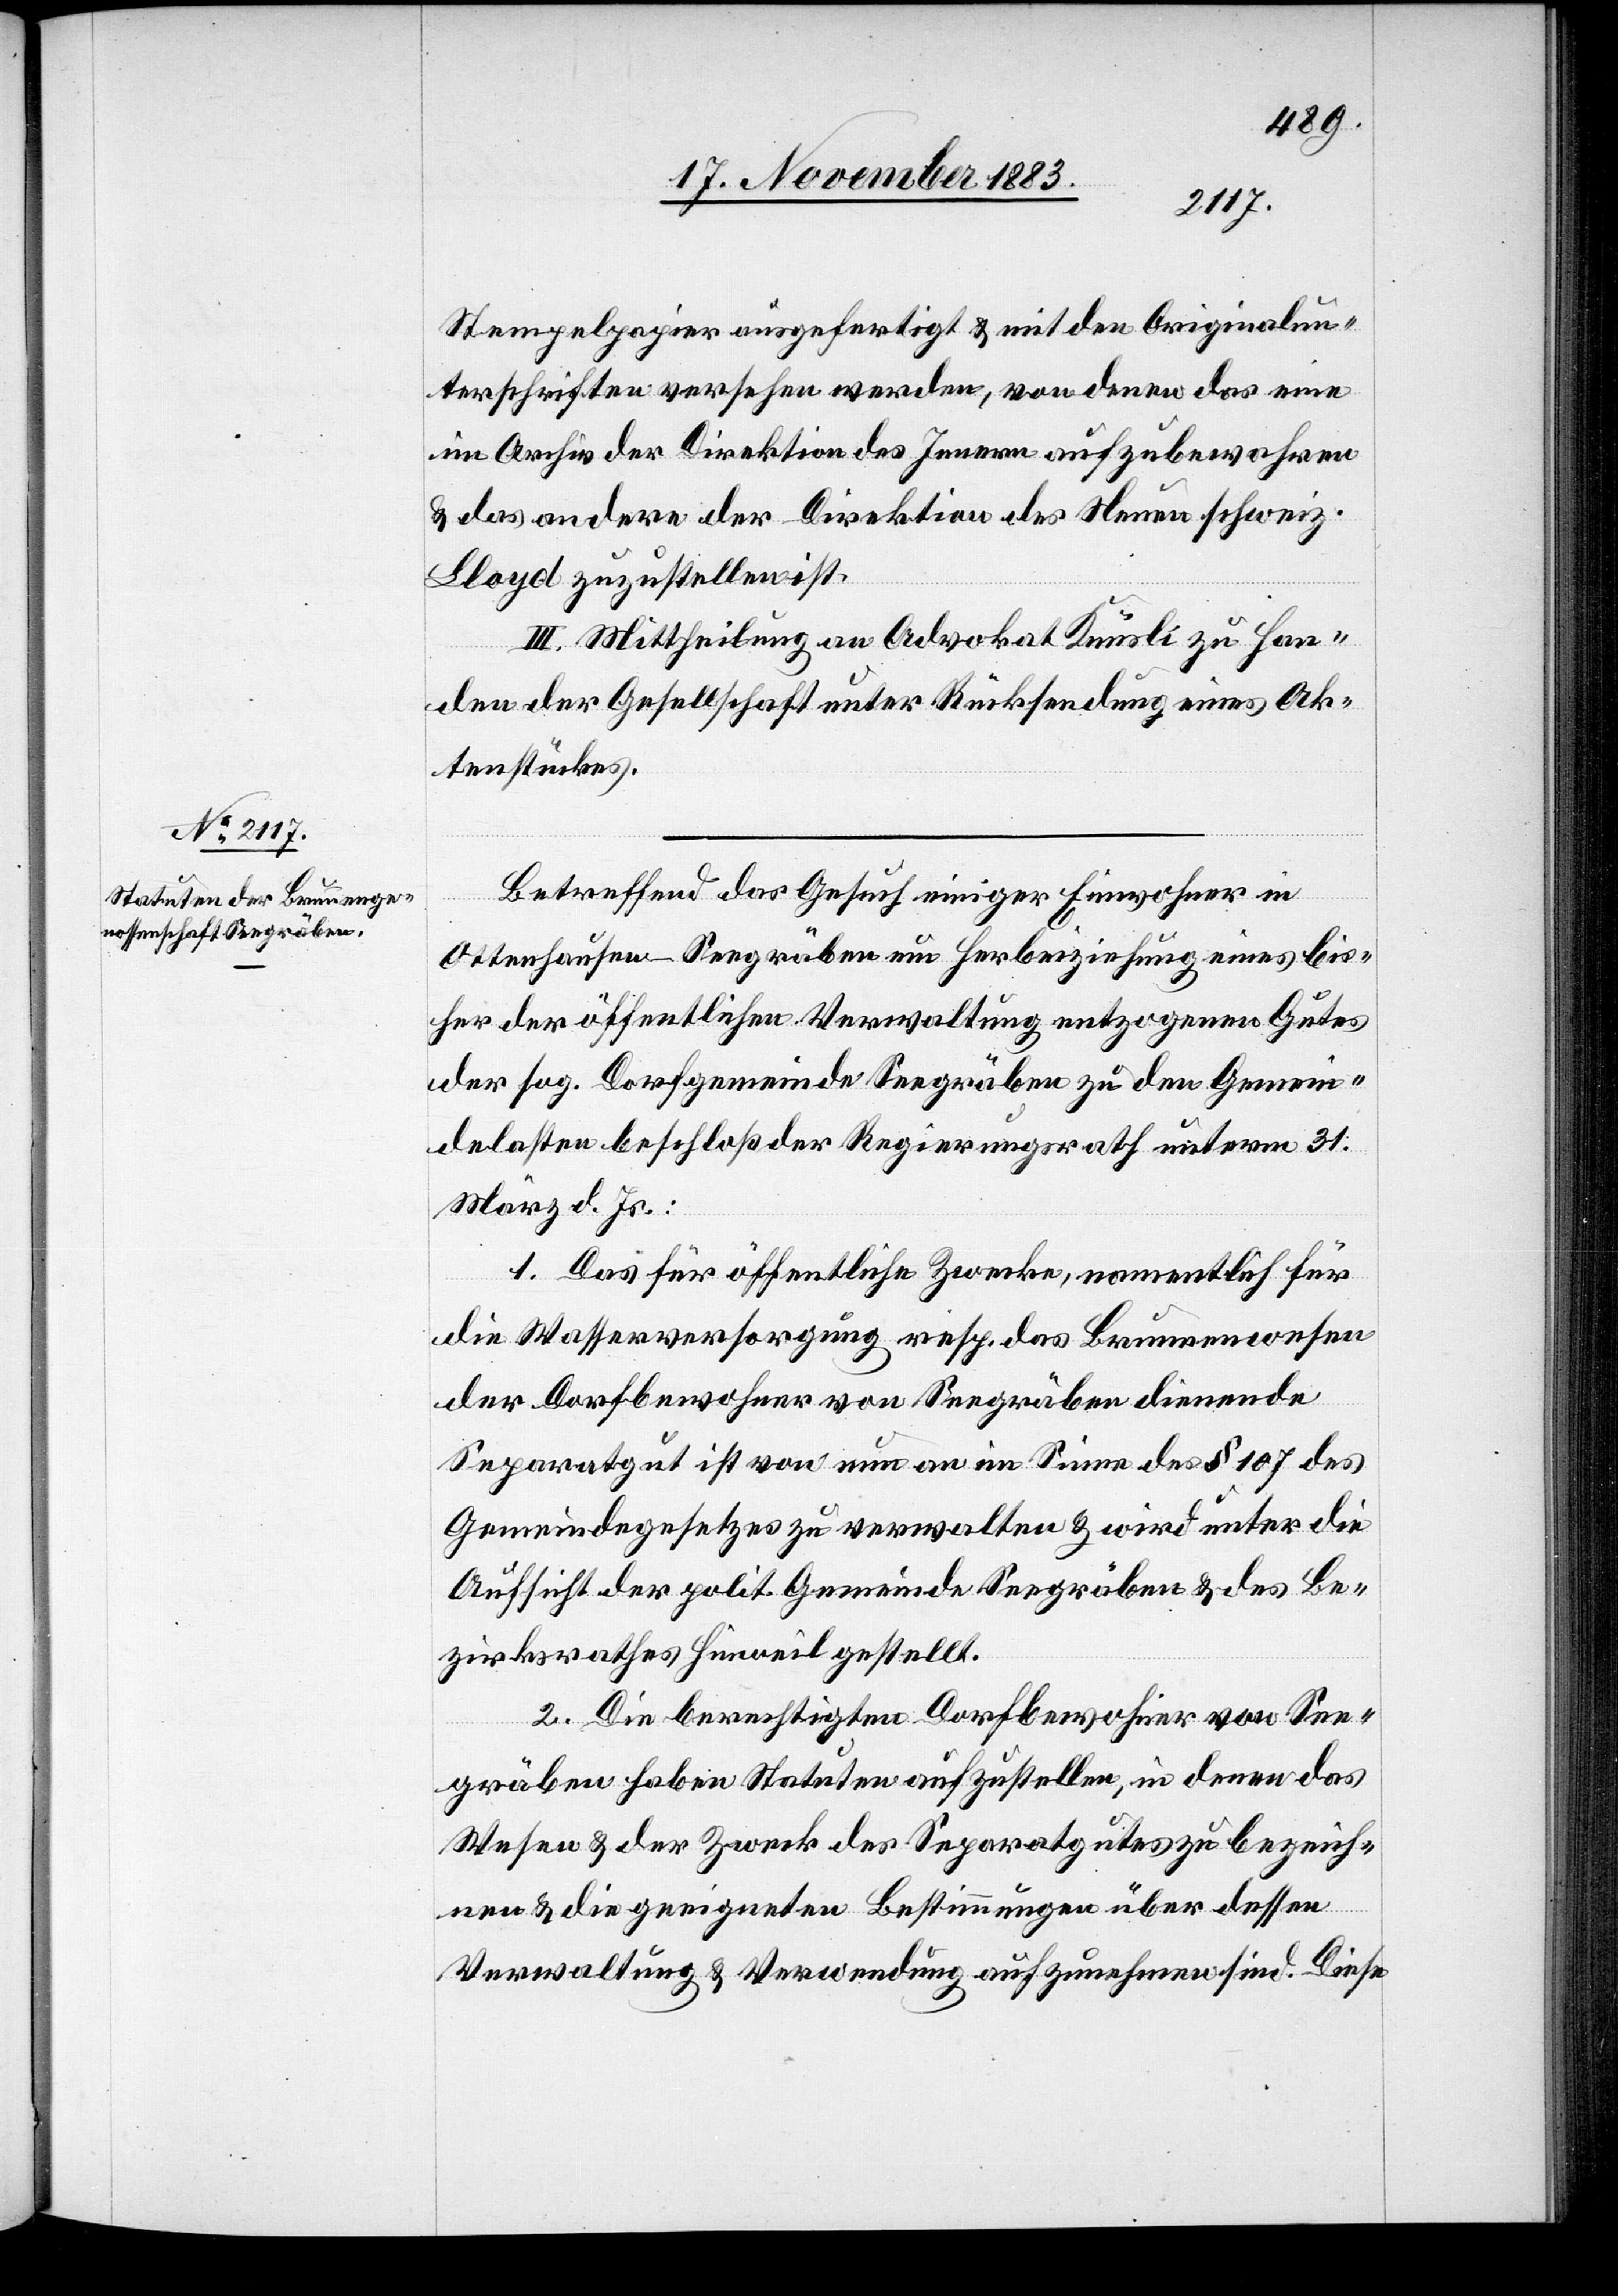
Stempelpapier ausgefertigt & mit den Originalun¬
terschriften versehen werden, von denen das eine
im Archiv der Direktion des Innern aufzubewahren
& das andere der Direktion des Neuen schweiz.
Lloyd zuzustellen ist.
III. Mittheilung an Advokat Knüsli zu Han¬
den der Gesellschaft unter Rücksendung eines Ak¬
tenstückes.
Betreffend das Gesuch einiger Einwohner in
Ottenhausen - Seegräben um Herbeiziehung eines bis¬
her der öffentlichen Verwaltung entzogenen Gutes
der sog. Dorfgemeinde Seegräben zu den Gemein¬
delasten beschloß der Regierungsrath unterm 21.
März d. Js.:
1. Das für öffentliche Zwecke, namentlich für
die Wasserversorgung resp. das Brunnenwesen
der Dorfbewohner von Seegräben dienende
Separatgut ist von nun an im Sinne des § 107 des
Gemeindegesetzes zu verwalten & wird unter die
Aufsicht der polit. Gemeinde Seegräben & des Be¬
zirksrathes Hinweil gestellt.
2. Die berechtigten Dorfbewohner von See¬
gräben haben Statuten aufzustellen, in denen das
Wesen & der Zweck des Separatgutes bezeich¬
nen & die geeigneten Bestimmungen über dessen
Verwaltung & Verwendung aufzunehmen sind. Diese